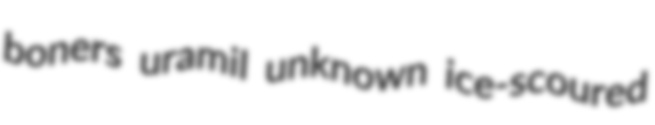
boners uramil unknown ice-scoured